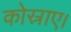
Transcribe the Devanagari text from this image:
कोस्राए।